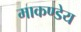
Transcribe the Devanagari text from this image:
माकण्डेय